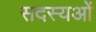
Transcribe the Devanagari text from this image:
सदस्यओं